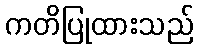
ကတိပြုထားသည်